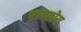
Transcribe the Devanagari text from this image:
राबतोय